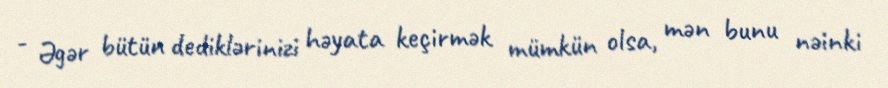
- Əgər bütün dediklərinizi həyata keçirmək mümkün olsa, mən bunu nəinki